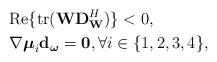
LaTeX: \begin{align*} &\mathrm{Re}\{\mathrm{tr}(\mathbf{W} \mathbf{D}_{\mathbf{W}}^H )\} < 0, \\ &\nabla \boldsymbol{\mu}_i \mathbf{d}_{\boldsymbol{\omega}} = \mathbf{0}, \forall i \in \{1,2,3,4\}, \end{align*}